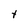
Character: t